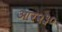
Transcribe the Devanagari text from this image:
आर२३०